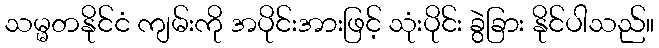
သမ္မတနိုင်ငံ ကျမ်းကို အပိုင်းအားဖြင့် သုံးပိုင်း ခွဲခြား နိုင်ပါသည်။